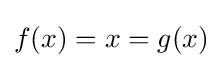
f(x)=x=g(x)